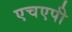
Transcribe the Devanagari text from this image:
एचएपी